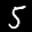
Label: 5